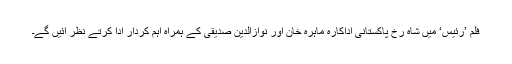
فلم ’رئیس‘ میں شاہ رخ پاکستانی اداکارہ ماہرہ خان اور نوازالدین صدیقی کے ہمراہ اہم کردار ادا کرتے نظر آئیں گے۔